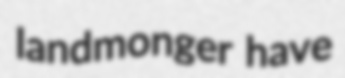
landmonger have